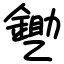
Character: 㐥